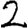
Digit: 2